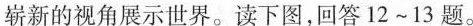
崭新的视角展示世界。读下图，回答12~13题。